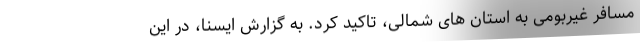
مسافر غیربومی به استان های شمالی، تاکید کرد. به گزارش ایسنا، در این